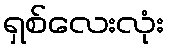
ရှစ်လေးလုံး